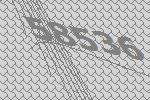
58536